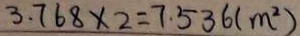
3 . 7 6 8 \times 2 = 7 . 5 3 6 ( m ^ { 2 } )